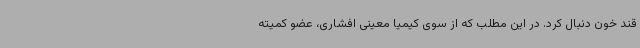
قند خون دنبال کرد. در این مطلب که از سوی کیمیا معینی افشاری، عضو کمیته